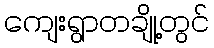
ကျေးရွာတချို့တွင်